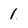
Character: 1